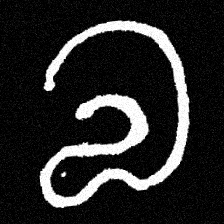
Pyu character \u2014 Myanmar letter: လ (romanized: la)